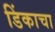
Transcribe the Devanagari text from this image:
डिंकाचा